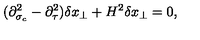
( \partial _ { \sigma _ { c } } ^ { 2 } - \partial _ { \tau } ^ { 2 } ) \delta x _ { \perp } + H ^ { 2 } \delta x _ { \perp } = 0 ,